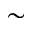
\sim